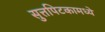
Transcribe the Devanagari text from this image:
सुत्तपिटकामध्ये